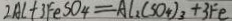
2 A C + 3 F e S O _ { 4 } = A l _ { 2 } ( S O _ { 4 } ) _ { 3 } + 3 F e